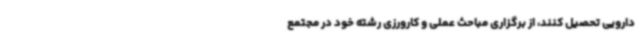
دارویی تحصیل کنند، از برگزاری مباحث عملی و کارورزی رشته خود در مجتمع